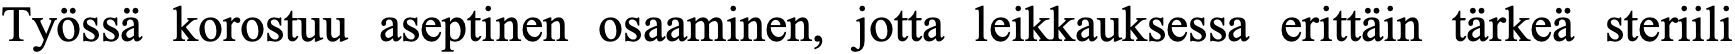
Työssä korostuu aseptinen osaaminen, jotta leikkauksessa erittäin tärkeä steriili